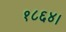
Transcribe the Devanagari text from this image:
१८६४।